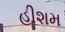
હીશમ